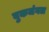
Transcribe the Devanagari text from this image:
बुकजंगल